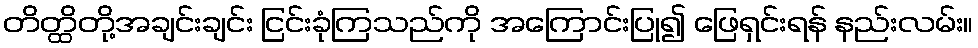
တိတ္ထိတို့အချင်းချင်း ငြင်းခုံကြသည်ကို အကြောင်းပြု၍ ဖြေရှင်းရန် နည်းလမ်း။